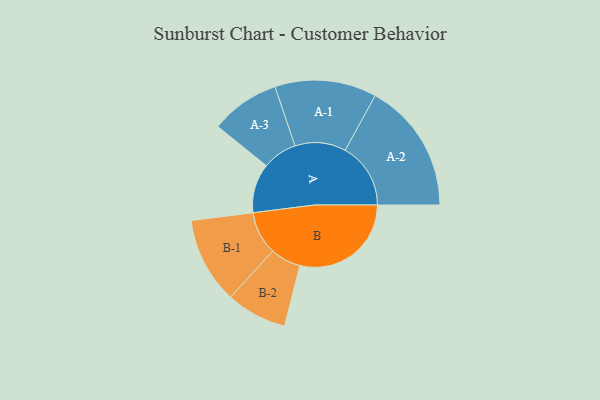
{"axis": {"x": "Segment", "y": "Value"}, "legend": ["", "A", "B"], "data": [{"x": "A", "y": 219, "type": ""}, {"x": "B", "y": 495, "type": ""}, {"x": "A-1", "y": 226, "type": "A"}, {"x": "A-2", "y": 291, "type": "A"}, {"x": "A-3", "y": 154, "type": "A"}, {"x": "B-1", "y": 192, "type": "B"}, {"x": "B-2", "y": 135, "type": "B"}]}